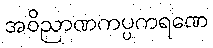
အဝိညာဏကပ္ပကရဏေ